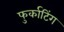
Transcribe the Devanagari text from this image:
फुर्काटिंग